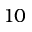
1 0